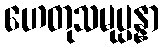
ဟေတုသမုပ္ပန္နာ